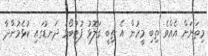
މިތަނަށް އެއްވެ ތިބި މީހުން އެ ތިބީ ގަލޮޅު ފުޓުބޯޅަ ދަނޑުގައި ކުޅެމުންދާ